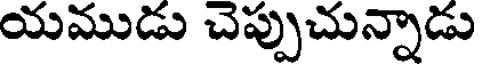
యముడు చెప్పుచున్నాడు